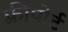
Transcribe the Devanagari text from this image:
फ़्रीपोर्ट